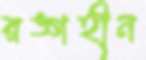
রঙ্গহীন